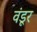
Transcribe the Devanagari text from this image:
वंडूर